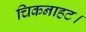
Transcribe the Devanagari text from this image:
चिकनाहट।